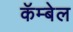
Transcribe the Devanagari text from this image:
कॅम्बेल